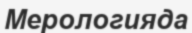
Мерологияда